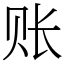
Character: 账